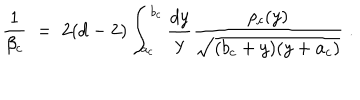
LaTeX: { \frac { 1 } { \beta _ { c } } } \; = \; 2 ( d - 2 ) \int _ { a _ { c } } ^ { b _ { c } } { \frac { d y } { y } } { \frac { \rho _ { c } ( y ) } { \sqrt { ( b _ { c } + y ) ( y + a _ { c } ) } } } \; .